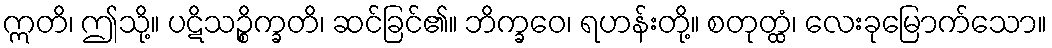
ဣတိ၊ ဤသို့။ ပဋိသဉ္စိက္ခတိ၊ ဆင်ခြင်၏။ ဘိက္ခဝေ၊ ရဟန်းတို့။ စတုတ္ထံ၊ လေးခုမြောက်သော။